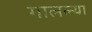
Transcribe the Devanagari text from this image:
गालल्या